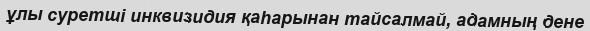
ұлы суретші инквизидия қаһарынан тайсалмай, адамның дене